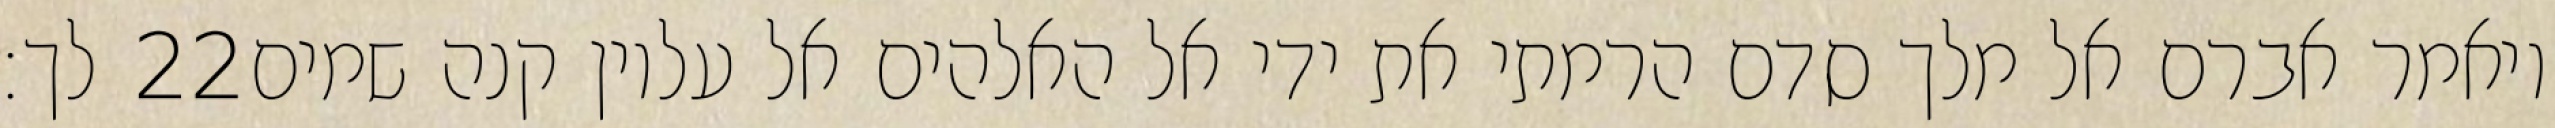
לך׃ ‎22‏ ויאמר אברם אל מלך סדם הרמתי את ידי אל האלהים אל עליון קנה שמים